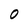
Character: 0